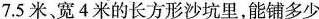
7.5米宽4米的长方形沙坑里，能铺多少